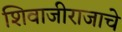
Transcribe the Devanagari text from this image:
शिवाजीराजाचे